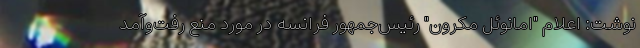
نوشت: اعلام "امانوئل مکرون" رئیس‌جمهور فرانسه در مورد منع رفت‌و‌آمد